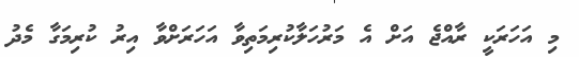
މި އަހަރަކީ ރާއްޖެ އަށް އެ މަރުހަލާކުރިމަތިވާ އަހަރަށްވާ އިރު ކުރިމަގާ މެދު